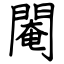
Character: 閹